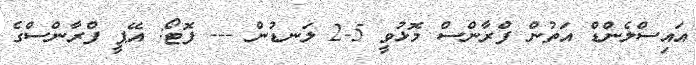
އައިސްލެންޑް އަތުން ފްރާންސް މޮޅުވީ 5-2 ލަނޑުން --- ފޮޓޯ: އޭޕީ ފްރާންސްގެ